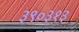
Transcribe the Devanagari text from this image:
३९०३१३